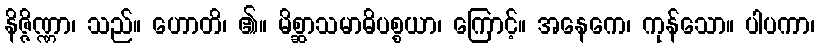
နိဇ္ဇိဏ္ဏာ၊ သည်။ ဟောတိ၊ ၏။ မိစ္ဆာသမာဓိပစ္စယာ၊ ကြောင့်။ အနေကေ၊ ကုန်သော။ ပါပကာ၊